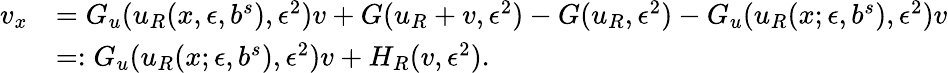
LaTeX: \begin{array}{rl}{v_{x}}&{=G_{u}(u_{R}(x,\epsilon,b^{s}),\epsilon^{2})v+G(u_{R}+v,\epsilon^{2})-G(u_{R},\epsilon^{2})-G_{u}(u_{R}(x;\epsilon,b^{s}),\epsilon^{2})v}\\ &{=:G_{u}(u_{R}(x;\epsilon,b^{s}),\epsilon^{2})v+H_{R}(v,\epsilon^{2}).}\end{array}